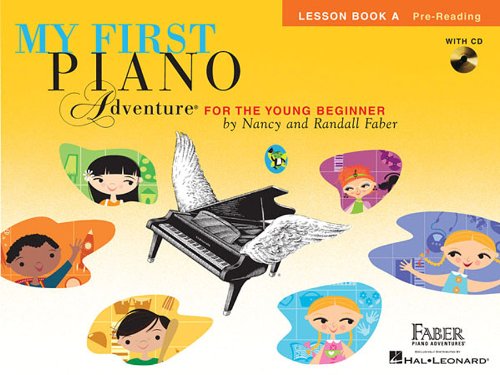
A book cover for My First Piano Adventure, Lesson Book A with CD; Humor & Entertainment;